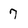
Character: 7